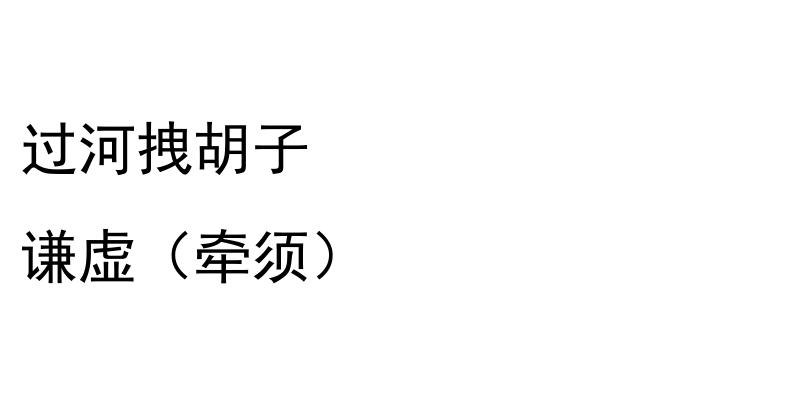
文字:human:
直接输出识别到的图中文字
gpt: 过河拽胡子 谦虚（牵须）